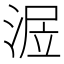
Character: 𣶅